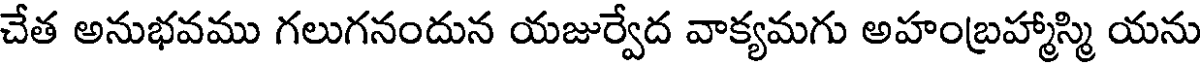
చేత అనుభవము గలుగనందున యజుర్వేద వాక్యమగు అహంబ్రహ్మాస్మి యను